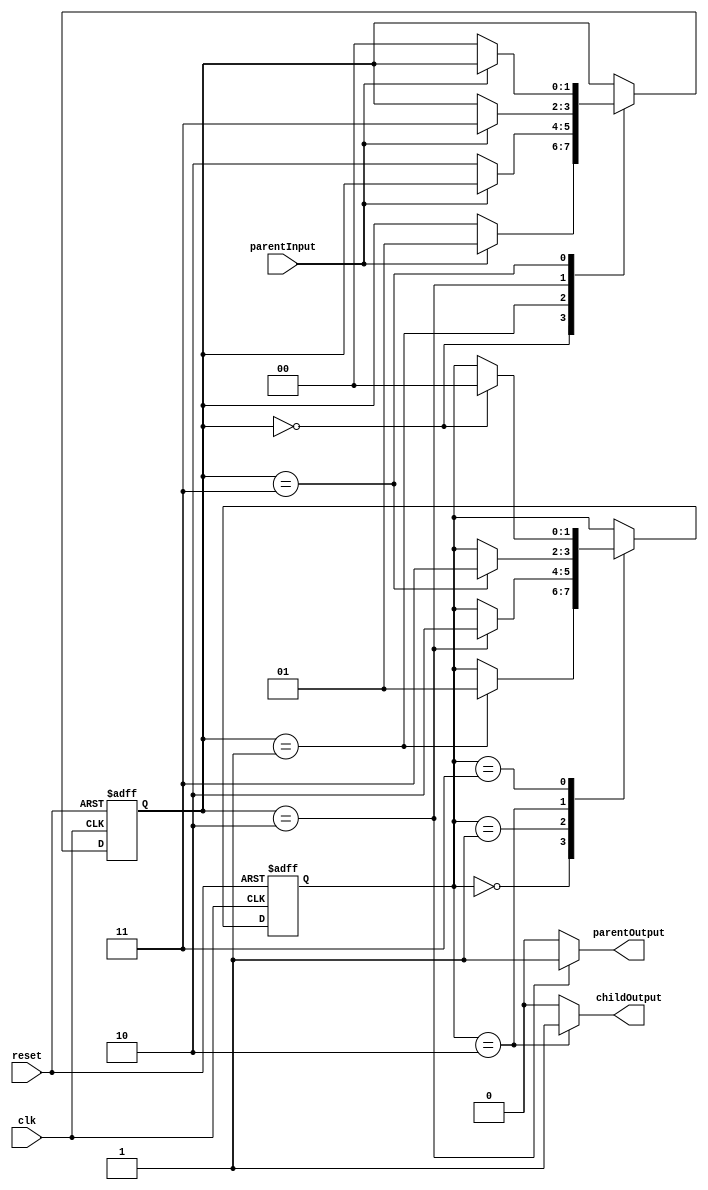
module topLevelStateMachine (
    input wire clk,
    input wire reset,
    input wire parentInput,
    output wire parentOutput,
    output wire childOutput
);

// Define states
parameter STATE_A = 2'b00;
parameter STATE_B = 2'b01;
parameter STATE_C = 2'b10;
parameter STATE_D = 2'b11;

reg [1:0] parentState, childState;

// Sequential logic blocks for parent state machine
always @(posedge clk or posedge reset) begin
    if (reset) begin
        parentState <= STATE_A;
    end else begin
        case(parentState)
            STATE_A: begin
                if (parentInput) begin
                    parentState <= STATE_B;
                end
            end
            STATE_B: begin
                if (!parentInput) begin
                    parentState <= STATE_C;
                end
            end
            STATE_C: begin
                if (parentInput) begin
                    parentState <= STATE_D;
                end
            end
            STATE_D: begin
                if (!parentInput) begin
                    parentState <= STATE_A;
                end
            end
        endcase
    end
end

// Sequential logic blocks for child state machine
always @(posedge clk or posedge reset) begin
    if (reset) begin
        childState <= STATE_A;
    end else begin
        case(childState)
            STATE_A: begin
                if (parentState == STATE_B) begin
                    childState <= STATE_B;
                end
            end
            STATE_B: begin
                if (parentState == STATE_C) begin
                    childState <= STATE_C;
                end
            end
            STATE_C: begin
                if (parentState == STATE_D) begin
                    childState <= STATE_D;
                end
            end
            STATE_D: begin
                if (parentState == STATE_A) begin
                    childState <= STATE_A;
                end
            end
        endcase
    end
end

// Output logic
assign parentOutput = (parentState == STATE_C) ? 1'b1 : 1'b0;
assign childOutput = (childState == STATE_C) ? 1'b1 : 1'b0;

endmodule